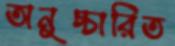
অনুচ্চারিত